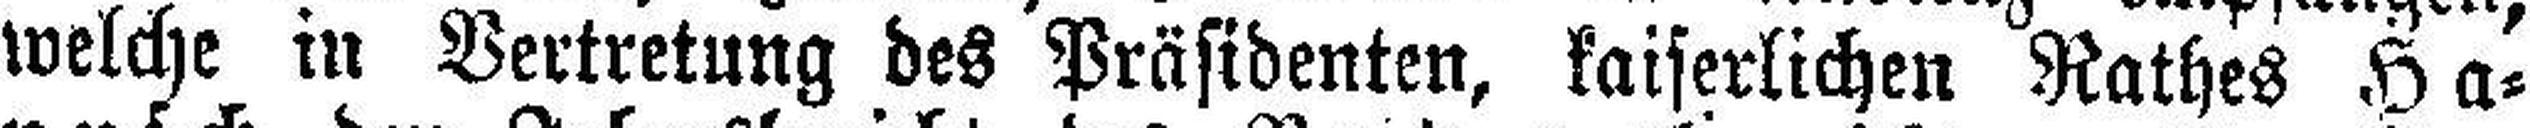
welche in Vertretung des Präsidenten, kaiserlichen Rathes Ha¬